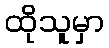
ထိုသူမှာ